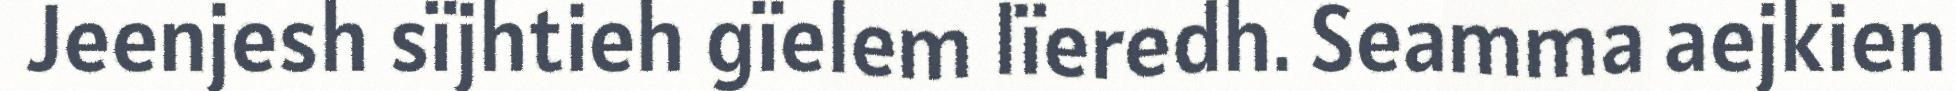
Jeenjesh sïjhtieh gïelem lïeredh. Seamma aejkien